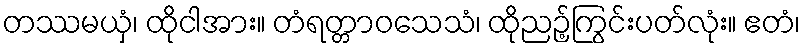
တဿမယှံ၊ ထိုငါအား။ တံရတ္တာဝသေသံ၊ ထိုညဉ့်ကြွင်းပတ်လုံး။ ဧတံ၊